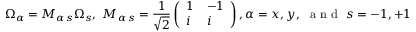
\Omega _ { \alpha } = M _ { \alpha \, s } \Omega _ { s } , \, \, M _ { \alpha \, s } = \frac { 1 } { \sqrt { 2 } } \left( \begin{array} { l l } { 1 } & { - 1 } \\ { i } & { i } \end{array} \right) , \alpha = x , y , \, \, \mathrm { ~ a ~ n ~ d ~ } \, \, s = - 1 , + 1